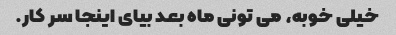
خیلی خوبه، می تونی ماه بعد بیای اینجا سر کار.